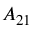
A _ { 2 1 }